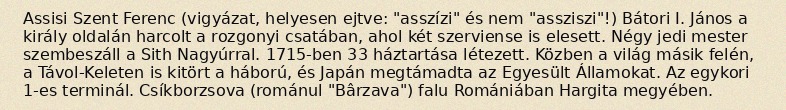
Assisi Szent Ferenc (vigyázat, helyesen ejtve: "asszízi" és nem "assziszi"!) Bátori I. János a király oldalán harcolt a rozgonyi csatában, ahol két szerviense is elesett. Négy jedi mester szembeszáll a Sith Nagyúrral. 1715-ben 33 háztartása létezett. Közben a világ másik felén, a Távol-Keleten is kitört a háború, és Japán megtámadta az Egyesült Államokat. Az egykori 1-es terminál. Csíkborzsova (románul "Bârzava") falu Romániában Hargita megyében.